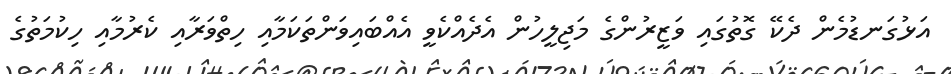
އަޅުގަނޑުމެން ދެކޭ ގޮތުގައި ވަޒީރުންގެ މަޖިލީހުން އެދެއްކެވީ އެއްބައިވަންތަކަމާއި ހިތްވަރާއި ކެރުމާއި ހިކުމަތުގެ